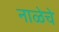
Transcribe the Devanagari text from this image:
नाळेचे